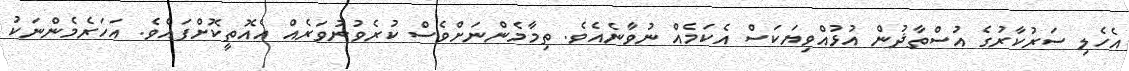
އެހެލި ސަރުކާރުގެ އުސްތާޛުން އުޅުއްވިޔަކަސް އެކަމެއް ނުވާނެއެވެ. ތިމާމެންނަށްވެސް ކުރެވުނުވަރެއް އެއޮތީކޮށްފައެވެ. އަހަރެމެންނަކު